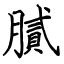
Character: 膩